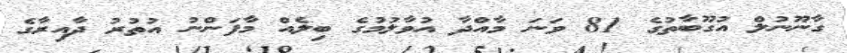
ގާނޫނުލް އުގޫބާތުގެ 81 ވަނަ މާއްދާ އުވާލުމުގެ ބިލެއް މާފަންނު އުތުރު ދާއިރާގެ